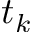
t _ { k }